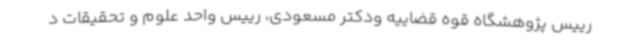
رییس پژوهشگاه قوه قضاییه ودکتر مسعودی، رییس واحد علوم و تحقیقات د